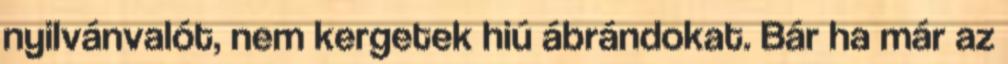
nyilvánvalót, nem kergetek hiú ábrándokat. Bár ha már az